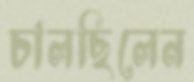
চালছিলেন